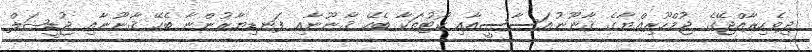
ދިވެހިރާއްޖޭގެ ޖުމްހޫރިއްޔާގެ ޤާނޫނުއަސާސީއާއި ކޯޓުތަކާ ބެހޭ ޤާނޫނާއި ފަނޑިޔާރުންނާ ބެހޭ ޤާނޫނާއި ޖުޑީޝަލް